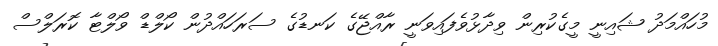
މުހައްމަދު ޝައިނީ މީގެކުރިން ވިދާޅުވެފައިވަނީ ރާއްޖޭގެ ކަނޑުގެ ސަރަހައްދުން ކޯލްޑް ވޯލްޓާ ކޮރަލްސް